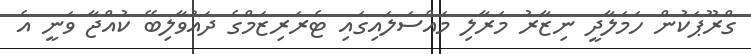
ގްރޫޕަކުން ހަމަލާދީ ނިޒާރު މަރާލި މައްސަލައިގައި ޓެރަރިޒަމްގެ ދައުވާލިބޭ ކުއްޖާ ވަނީ އެ